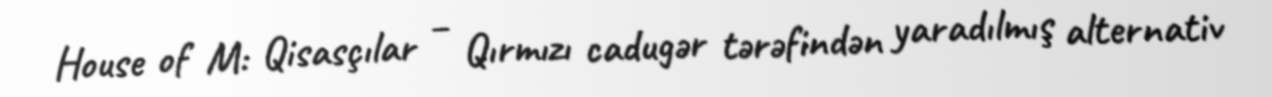
House of M: Qisasçılar – Qırmızı cadugər tərəfindən yaradılmış alternativ